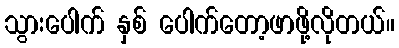
သွားပေါက် နှစ် ပေါက်တော့ဖာဖို့လိုတယ်။